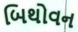
બિથોવન